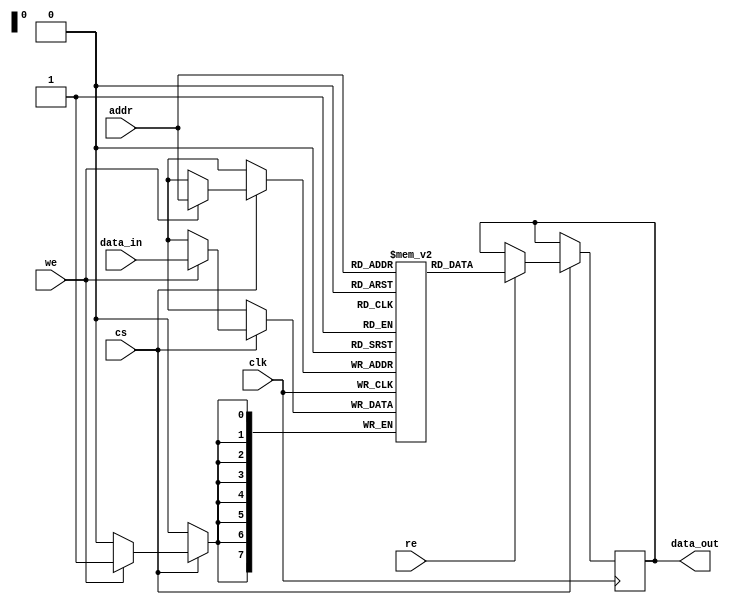
module eSRAM #(
    parameter DATA_WIDTH = 8,    // Configurable data width
    parameter ADDR_WIDTH = 8,     // Configurable address width (2^ADDR_WIDTH = number of words)
    parameter MEMORY_DEPTH = 256   // Total number of memory locations (2^ADDR_WIDTH)
)(
    input wire clk,                // Clock signal
    input wire cs,                 // Chip select
    input wire we,                 // Write enable
    input wire re,                 // Read enable
    input wire [ADDR_WIDTH-1:0] addr, // Address input
    input wire [DATA_WIDTH-1:0] data_in, // Data input for writing
    output reg [DATA_WIDTH-1:0] data_out // Data output for reading
);

    // Memory array: Declare a 2D array of registers for the memory
    reg [DATA_WIDTH-1:0] memory [0:MEMORY_DEPTH-1];

    // Read and Write operations
    always @(posedge clk) begin
        if (cs) begin
            if (we) begin
                // Write operation
                memory[addr] <= data_in;
            end
            if (re) begin
                // Read operation
                data_out <= memory[addr];
            end
        end
    end

endmodule